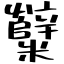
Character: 糱